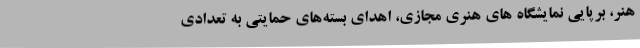
هنر، برپایی نمایشگاه های هنری مجازی، اهدای بسته‌های حمایتی به تعدادی